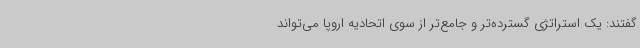
گفتند: یک استراتژی گسترده‌تر و جامع‌تر از سوی اتحادیه اروپا می‌تواند